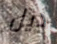
ديل